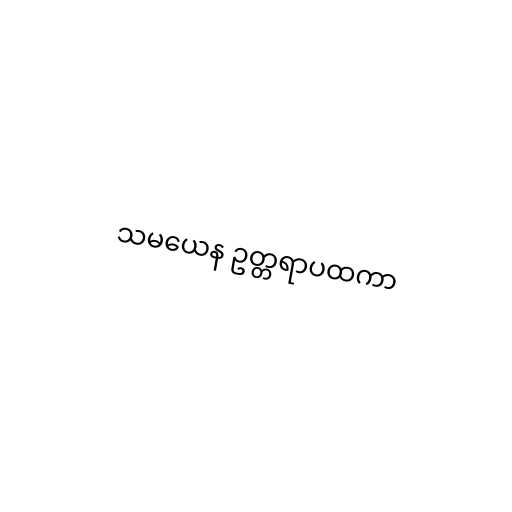
သမယေန ဥတ္တရာပထကာ